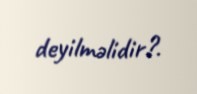
deyilməlidir?.